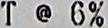
T @ 6%